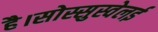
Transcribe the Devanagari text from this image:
है।सोस्सुस्वेलई